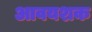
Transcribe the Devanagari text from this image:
आवयशक